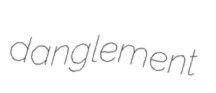
danglement